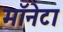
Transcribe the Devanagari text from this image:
मॉनेटा